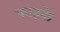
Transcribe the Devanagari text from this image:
फाइफे